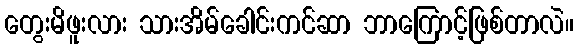
တွေးမိဖူးလား သားအိမ်ခေါင်းကင်ဆာ ဘာကြောင့်ဖြစ်တာလဲ။